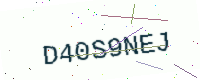
Text: D40S9NEJ